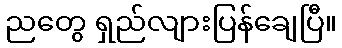
ညတွေ ရှည်လျားပြန်ချေပြီ။